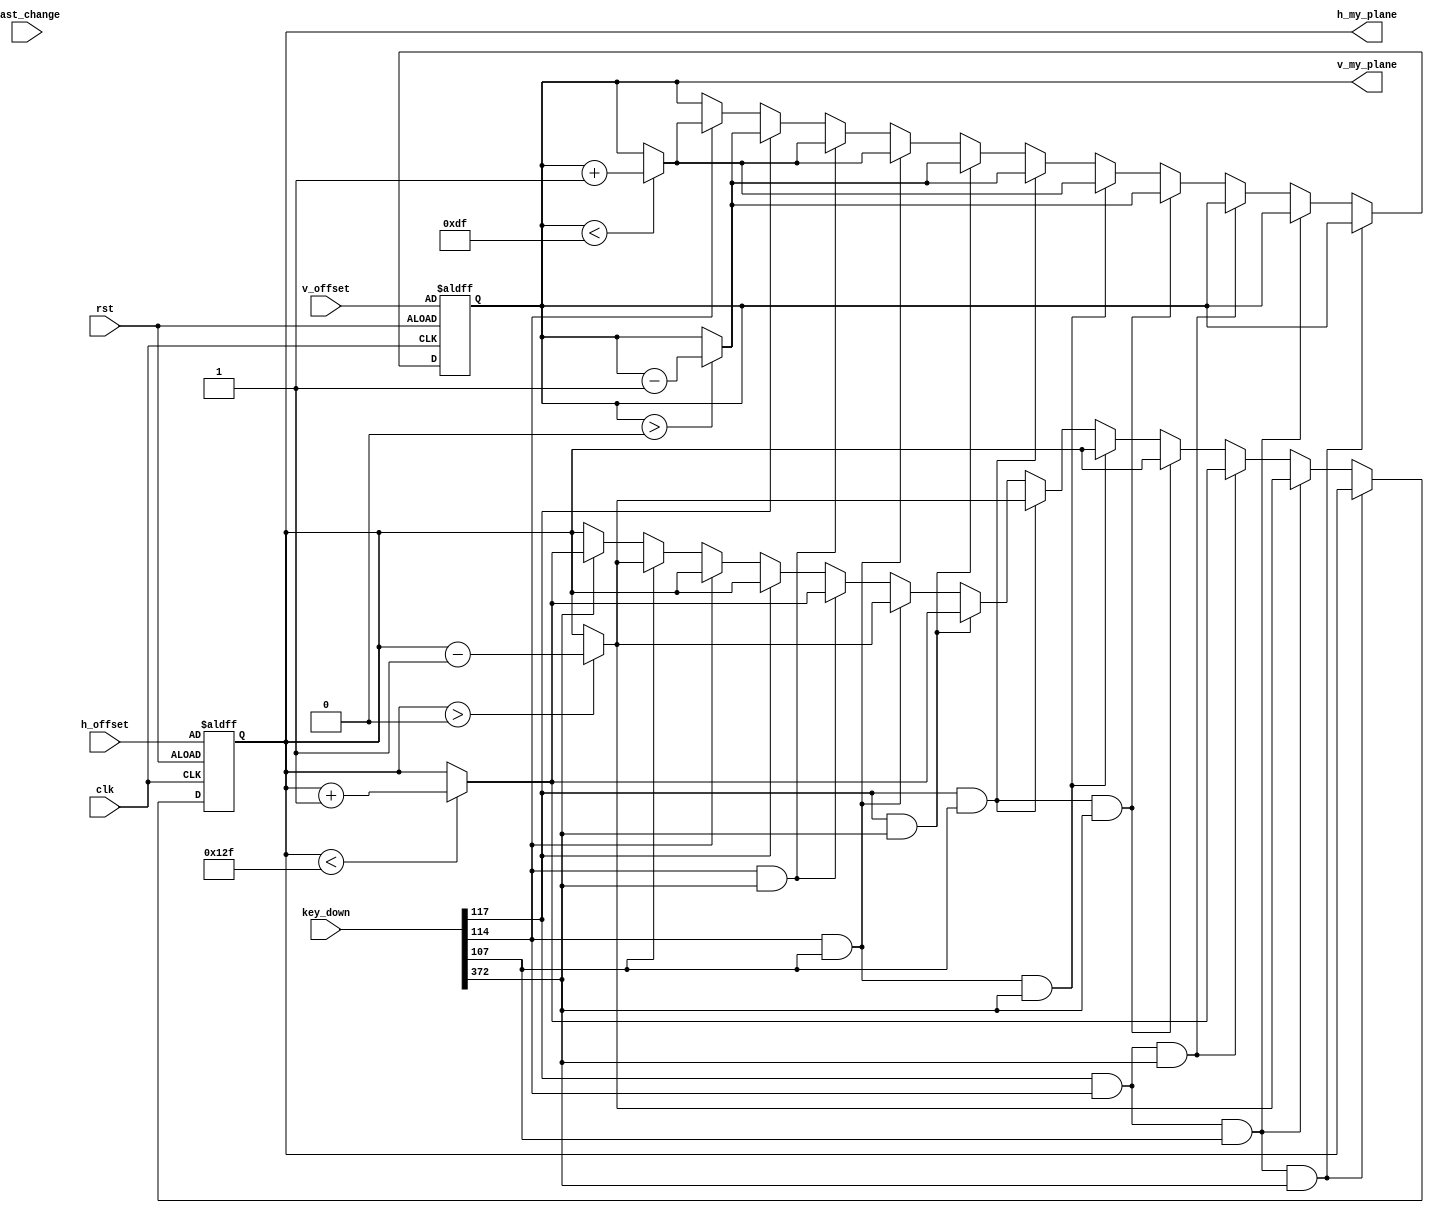
`timescale 1ns / 1ps
//////////////////////////////////////////////////////////////////////////////////
// Company: 
// Engineer: 
// 
// Design Name: 
// Module Name: counter
// Project Name: 
// Target Devices: 
// Tool Versions: 
// Description: 
// 
// Dependencies: 
// 
// Revision:
// Revision 0.01 - File Created
// Additional Comments:
// 
//////////////////////////////////////////////////////////////////////////////////


module counter(
   input clk,
   input rst,
   input [9:0] h_offset,
   input [9:0] v_offset,
   input [511:0] key_down,
   input [8:0] last_change,
   output reg [9:0] h_my_plane,
   output reg [9:0] v_my_plane 
    );
    wire[4:0] length_plane ;
    assign length_plane = 16;
    // key_down[41] is white space.
    // key_down[372] is right.
    // key_down[107] is left.
    // key_down[117] is up.
    //key_down[114] is down.
  
    always @(posedge clk or posedge rst)
       begin
           if(rst) begin
                h_my_plane <= h_offset;  
                v_my_plane <= v_offset; 
           end       
           else if(key_down[117] && key_down[114] && key_down[107] && key_down[372] )
           begin 
                h_my_plane <= h_my_plane;    
                v_my_plane <= v_my_plane;
           end        
           else if(key_down[117] && key_down[114] && key_down[107] ) 
           begin                                                                      
                if( h_my_plane > 0) h_my_plane <= h_my_plane - 1'b1;  
                else h_my_plane <= h_my_plane;                                          
                v_my_plane <= v_my_plane;                                             
           end  
           else if(key_down[117] && key_down[114] && key_down[372] ) 
           begin                                                                      
                if( h_my_plane < 319-length_plane) h_my_plane <= h_my_plane + 1'b1;                                             
                else h_my_plane <= h_my_plane;
                v_my_plane <= v_my_plane;                                             
           end  
           else if(key_down[117] && key_down[107] && key_down[372] ) 
           begin                                                                      
                h_my_plane <= h_my_plane;   
                if( v_my_plane > 0 ) v_my_plane <= v_my_plane - 1'b1;  
                else v_my_plane <= v_my_plane ;                                             
           end                
           else if(key_down[114] && key_down[107] && key_down[372] ) 
           begin                                                                      
                h_my_plane <= h_my_plane;                                             
                if( v_my_plane < 239-length_plane ) v_my_plane <= v_my_plane + 1'b1; 
                else v_my_plane <= v_my_plane ;                                   
           end       
           else if(key_down[117] && key_down[107] ) 
           begin                                    
                if( h_my_plane > 0) h_my_plane <= h_my_plane - 1'b1;                                             
                else h_my_plane <= h_my_plane;           
                if( v_my_plane > 0 ) v_my_plane <= v_my_plane - 1'b1;  
                else v_my_plane <= v_my_plane ;           
           end                                 
           else if(key_down[117] && key_down[372] ) 
           begin                                    
                if( h_my_plane < 319-length_plane) h_my_plane <= h_my_plane + 1'b1;                                             
                else h_my_plane <= h_my_plane;           
                if( v_my_plane > 0 ) v_my_plane <= v_my_plane - 1'b1;  
                else v_my_plane <= v_my_plane ;                                   
           end                   
           else if(key_down[114] && key_down[107] ) 
           begin                                    
                if( h_my_plane > 0) h_my_plane <= h_my_plane - 1'b1;                                             
                else h_my_plane <= h_my_plane;           
                if( v_my_plane < 239-length_plane ) v_my_plane <= v_my_plane + 1'b1; 
                else v_my_plane <= v_my_plane ;           
           end                      
           else if(key_down[114] && key_down[372] ) 
           begin                                    
                if( h_my_plane < 319-length_plane) h_my_plane <= h_my_plane + 1'b1;                                             
                else h_my_plane <= h_my_plane;           
                if( v_my_plane < 239-length_plane ) v_my_plane <= v_my_plane + 1'b1; 
                else v_my_plane <= v_my_plane ;           
           end          
           else if(key_down[117]) 
           begin                                    
                h_my_plane <= h_my_plane;           
                if( v_my_plane > 0 ) v_my_plane <= v_my_plane - 1'b1;  
                else v_my_plane <= v_my_plane ;            
           end                    
           else if(key_down[114]) 
           begin                                    
                h_my_plane <= h_my_plane;           
                if( v_my_plane < 239-length_plane ) v_my_plane <= v_my_plane + 1'b1; 
                else v_my_plane <= v_my_plane ;           
           end                       
           else if(key_down[107]) 
           begin                                    
                if( h_my_plane > 0) h_my_plane <= h_my_plane - 1'b1;                                             
                else h_my_plane <= h_my_plane;           
                v_my_plane <= v_my_plane;           
           end                            
           else if(key_down[372]) 
           begin                                    
                if( h_my_plane < 319-length_plane) h_my_plane <= h_my_plane + 1'b1;                                             
                else h_my_plane <= h_my_plane;            
                v_my_plane <= v_my_plane;           
           end                   
           else begin
                h_my_plane <= h_my_plane;     
                v_my_plane <= v_my_plane;
           end                                    
       end
 endmodule